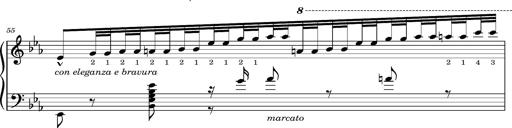
Title: Magyar rapszÃ³diÃ¡k
Composer: Franz Liszt